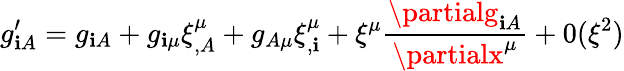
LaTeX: g_{\mathbf{i}A}^{\prime}=g_{\mathbf{i}A}+g_{\mathbf{i}\mu}\xi_{,A}^{\mu}+g_{A\mu}\xi_{,\mathbf{i}}^{\mu}+\xi^{\mu}\frac{{\partialg_{\mathbf{i}A}}}{{\partialx^{\mu}}}+0(\xi^{2})